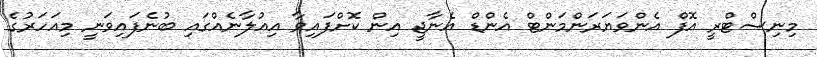
މިނިސްޓްރީ އޮފް އެންވަޔަރަންމަންޓް އެންޑް އެނާޖީ އިން ކޮށްފައިވާ އިއުލާނެއްގައި ބުނެފައިވަނީ މިއަހަރުގެ